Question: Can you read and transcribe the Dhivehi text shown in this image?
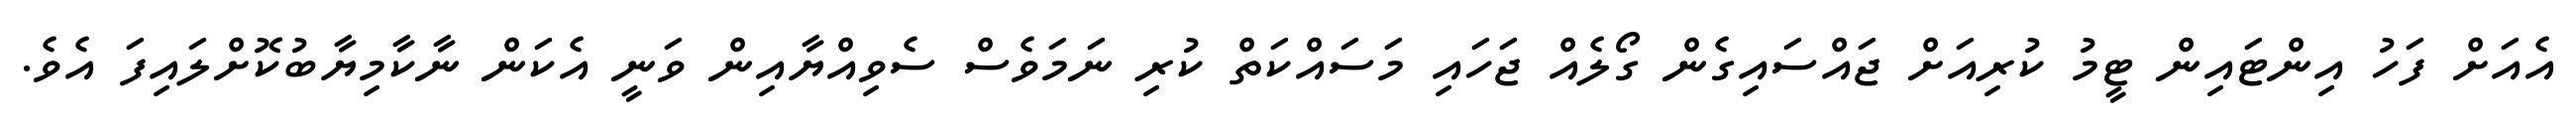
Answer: އެއަށް ފަހު އިންޓައިން ޓީމު ކުރިއަށް ޖައްސައިގެން ގޯލެއް ޖަހައި މަސައްކަތް ކުރި ނަމަވެސް ސެވިއްޔާއިން ވަނީ އެކަން ނާކާމިޔާބުކޮށްލައިފަ އެވެ.